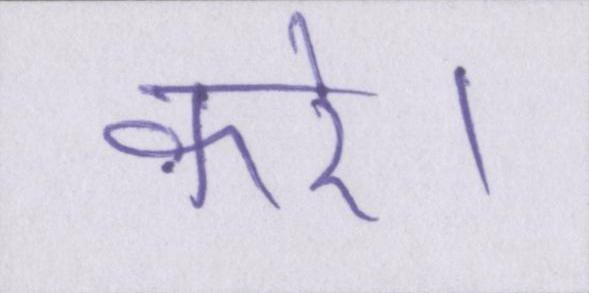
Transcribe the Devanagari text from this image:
करे।